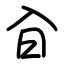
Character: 㒲